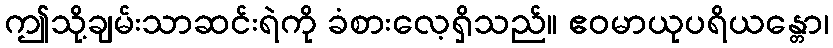
ဤသို့ချမ်းသာဆင်းရဲကို ခံစားလေ့ရှိသည်။ ဧဝမာယုပရိယန္တော၊